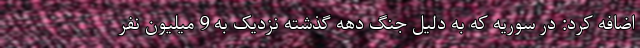
اضافه کرد: در سوریه که به دلیل جنگ دهه گذشته نزدیک به 9 میلیون نفر